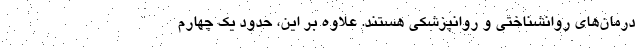
درمان‌های روانشناختی و روانپزشکی هستند. علاوه بر این، حدود یک چهارم